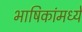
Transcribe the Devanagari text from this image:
भाषिकांमध्ये